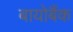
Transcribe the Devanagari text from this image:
बायोबैंक